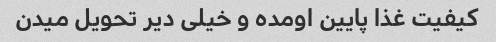
کیفیت غذا پایین اومده و خیلی دیر تحویل میدن